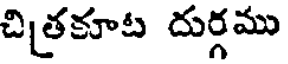
చితకూట దుర్గము